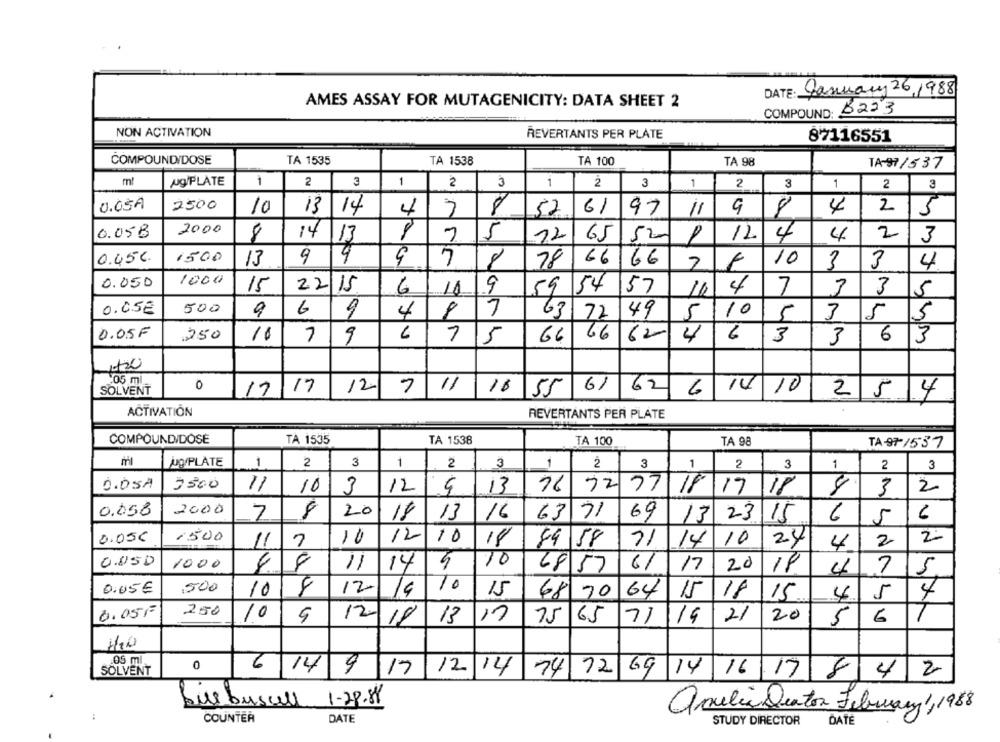
DATE: January 26 1988
AMES ASSAY FOR MUTAGENICITY: DATA SHEET 2
COMPOUND: 6223
NON ACTIVATION
REVERTANTS PER PLATE
87116551
COMPOUND/DOSE
TA 1535
TA 1538
TA 100
TA 98
TA-97/537
ml
AgPLATE
1
2
3
1
2
3
1
2
3
1
2
3
1
2
3
0.05A
2500
10
13
14
4
7
8
52
61
97
11
98
4
2
5
2000
0.058
8
5
22
1
12
14
4
2
14/13
65 52
3
0.45€
1500
99
66
10
13
9
8
78
166
7
3
3
4
1000
0.050
15
2215
9
59 54
157
4
7
6
11
10
3
3
5
0.05€
500
9
6
9
7
10
4
63 72
92
49
5
5
3
5
5
0.05F
250
1
7
9
6
7
15
66
62
4
6
3
3
6
3
1120
:05 m
SOLVENT
17
17
12
11
18
55
61 62
6
14
10
254
ACTIVATION
REVERTANTS PER PLATE
COMPOUNDIDOSE
TA 1535
TA 1538
TA 100
TA 98
TA-97-1537
Ug/PLATE
1
2
3
1
2
3
1
2
3
1
2
3
1
2
3
O.OSA
3500
11
10
3
12
13
16
7277
3
2
18 17/18
0.058
2000
20
7
8
18
13
16
63
71
69
13
23
15
6
5
0.05€
1500
10
12
10
18
10
24
2
2
11
1
44 58
12
14
4
0.850
10
1000
8
11
14
4
68 57
17
20
18
4
7
5
0,05 €
500
10
12
14
10
15
18
68 70
64
IL
15
15
4
5
4
0.05F
250
10
12/18
13/17
75
65
1/4
21
20
5
6
2
OS ml
0
SOLVENT
14 9/17
12 14 74
12
6914 161784
2
Diebuscell 1-28.8
apulia Quartos February 1,1988
:
COUNTER
DATE
STUDY DIRECTOR
DATE